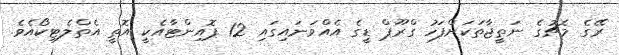
ރޭގެ މެޗުގެ ނަތީޖާތަކަށްފަހު ގްރޫޕް ޑީގެ އެއްވަނައިގައި 12 ޕޮއިންޓާއެކީ އޮތީ އެތްލެޓިކޯއެވެ.